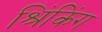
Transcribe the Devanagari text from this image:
श्रिंकिंग